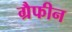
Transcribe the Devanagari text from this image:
ग्रैफीन